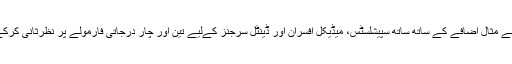
تنخواہوں اور مراعات میں اس بے مثال اضافے کے ساتھ ساتھ سپیشلسٹس، میڈیکل افسران اور ڈینٹل سرجنز کےلیے تین اور چار درجاتی فارمولے پر نظرثانی کرکے انکا درینہ مطالبہ پورا کردیا۔